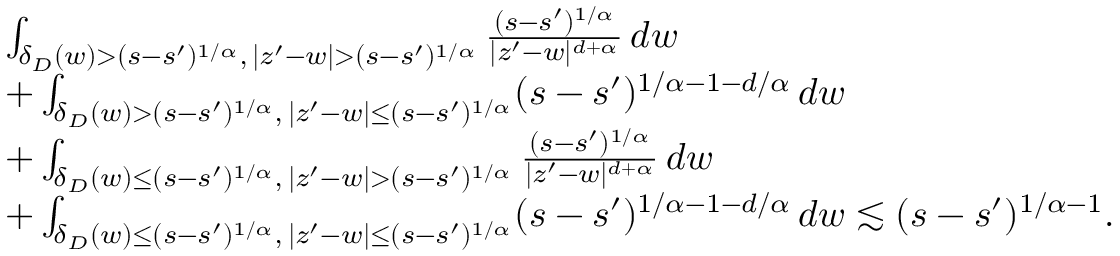
\begin{array} { r l } & { \int _ { \delta _ { D } ( w ) > ( s - s ^ { \prime } ) ^ { 1 / \alpha } , \, | z ^ { \prime } - w | > ( s - s ^ { \prime } ) ^ { 1 / \alpha } } \frac { ( s - s ^ { \prime } ) ^ { 1 / \alpha } } { | z ^ { \prime } - w | ^ { d + \alpha } } \, d w } \\ & { + \int _ { \delta _ { D } ( w ) > ( s - s ^ { \prime } ) ^ { 1 / \alpha } , \, | z ^ { \prime } - w | \leq ( s - s ^ { \prime } ) ^ { 1 / \alpha } } ( s - s ^ { \prime } ) ^ { 1 / \alpha - 1 - d / \alpha } \, d w } \\ & { + \int _ { \delta _ { D } ( w ) \leq ( s - s ^ { \prime } ) ^ { 1 / \alpha } , \, | z ^ { \prime } - w | > ( s - s ^ { \prime } ) ^ { 1 / \alpha } } \frac { ( s - s ^ { \prime } ) ^ { 1 / \alpha } } { | z ^ { \prime } - w | ^ { d + \alpha } } \, d w } \\ & { + \int _ { \delta _ { D } ( w ) \leq ( s - s ^ { \prime } ) ^ { 1 / \alpha } , \, | z ^ { \prime } - w | \leq ( s - s ^ { \prime } ) ^ { 1 / \alpha } } ( s - s ^ { \prime } ) ^ { 1 / \alpha - 1 - d / \alpha } \, d w \lesssim ( s - s ^ { \prime } ) ^ { 1 / \alpha - 1 } . } \end{array}